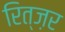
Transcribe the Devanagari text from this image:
रित्ज़र